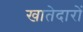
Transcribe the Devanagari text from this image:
खातेदारों